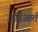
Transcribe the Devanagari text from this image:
इरिआर्त